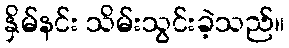
နှိမ်နင်း သိမ်းသွင်းခဲ့သည်။